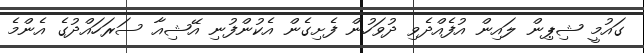
ގައުމީ ޝިޕިން ލައިން އުފެއްދެވި ދުވަހުން ފެށިގެން އެކުންފުނި އޭޝިއާ ސަރަހައްދުގެ އެންމެ